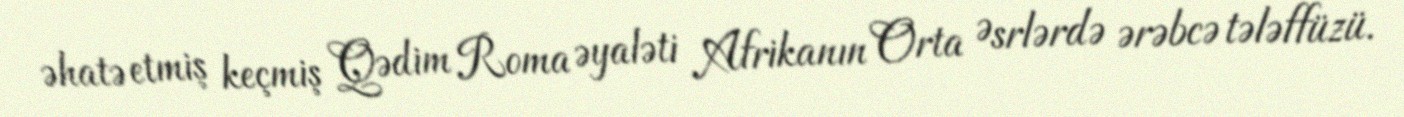
əhatə etmiş keçmiş Qədim Roma əyaləti Afrikanın Orta Əsrlərdə ərəbcə tələffüzü.